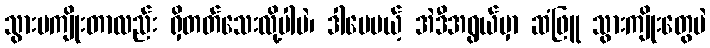
သွားမကျိုးတာလည်း ရှိတတ်သေးလို့ပါပဲ၊ ဒါပေမယ့် အဲဒီအရွယ်မှာ ဆံဖြူ သွားကျိုးတွေပဲ